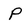
Character: p